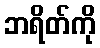
ဘရိတ်ကို